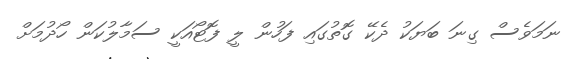
ނަމަވެސް ގިނަ ބަޔަކު ދެކޭ ގޮތުގައި ފަހުން ލީ ފޮޓޯއަކީ ސަމާލުކަން ހޯދުމަށް